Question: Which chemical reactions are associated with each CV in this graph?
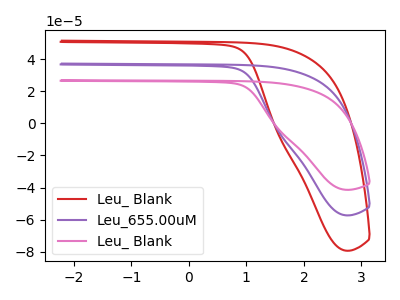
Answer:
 <answer>The red curve is labeled "Leu_ Blank". The purple curve is labeled "Leu_655.00uM". The pink curve is labeled "Leu_ Blank".</answer>
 <eval></eval>